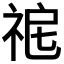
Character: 𥙤